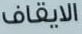
الايقاف